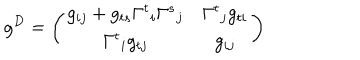
g ^ { D } = \left( \begin{array} { c c } { { g _ { i j } + g _ { t s } { \Gamma ^ { t } } _ { i } { \Gamma ^ { s } } _ { j } } } & { { { \Gamma ^ { t } } _ { j } g _ { t i } } } \\ { { { \Gamma ^ { t } } _ { i } g _ { t j } } } & { { g _ { i j } } } \\ \end{array} \right)